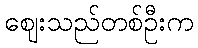
ဈေးသည်တစ်ဦးက